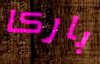
باركا